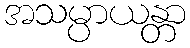
အသမ္ပာယန္တာ